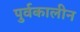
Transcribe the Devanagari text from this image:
पुर्वकालीन